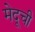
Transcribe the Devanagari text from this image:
मेदूची